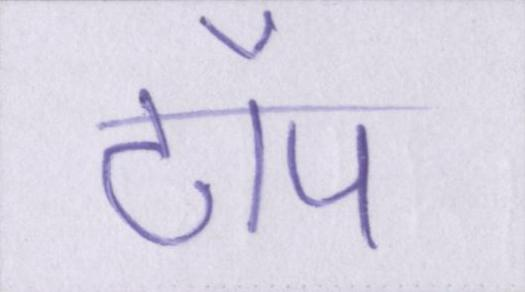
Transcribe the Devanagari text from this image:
टॉप